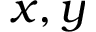
x , y